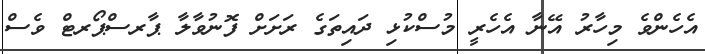
އެހެންވެ މިހާރު އޭނާ އެހެރީ މުސްކުޅި ދައިތަގެ ރަށަށް ފޮނުވާލާ ޕާރސްޕޯރޓް ވެސް